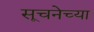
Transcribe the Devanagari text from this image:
सूचनेच्या